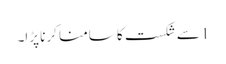
1 سے شکست کا سامنا کرنا پڑا۔